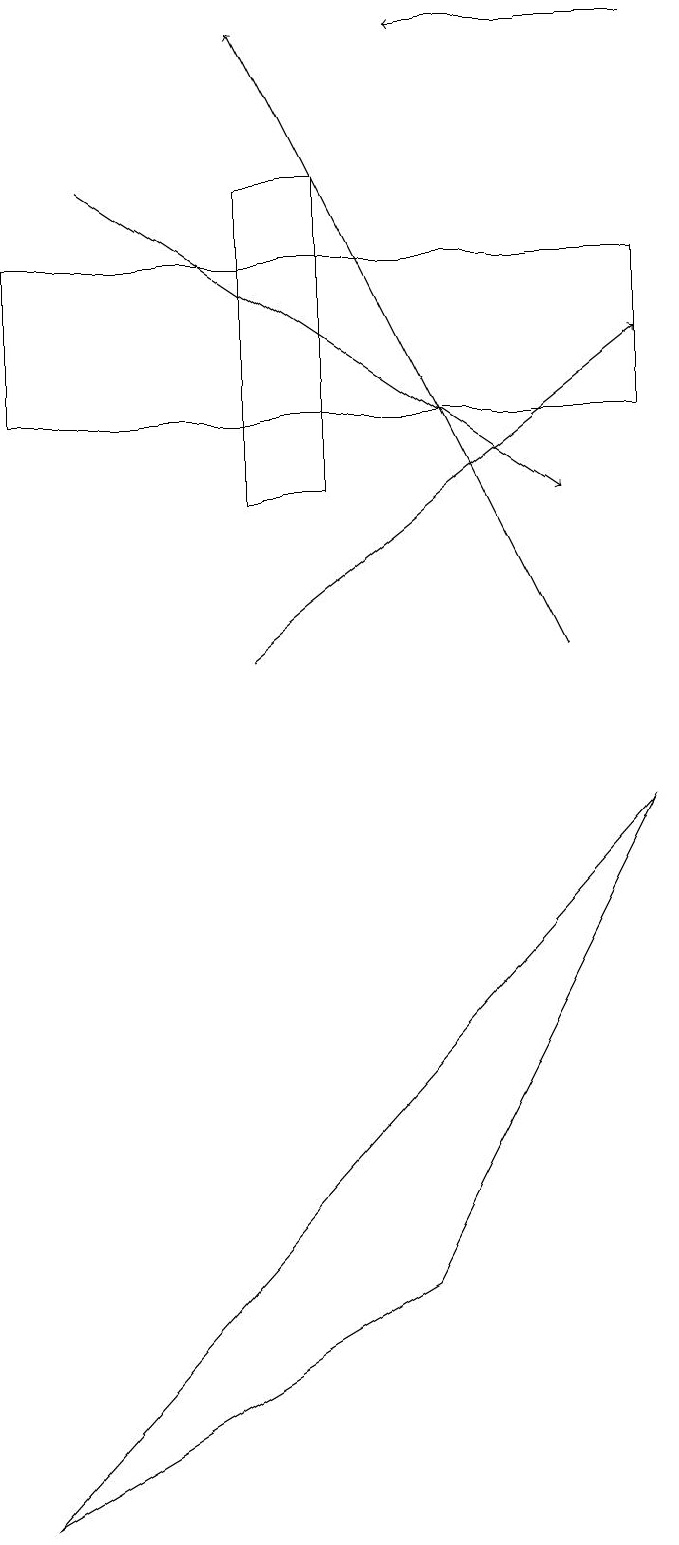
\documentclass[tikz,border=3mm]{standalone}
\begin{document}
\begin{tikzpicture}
\draw (0,16) rectangle (8,14);
\draw[->] (8,19) -- (5,19);
\draw[->] (3,11) -- (8,15);
\draw[->] (1,17) -- (7,13);
\draw (0,0) -- (5,3) -- (8,9) -- cycle;
\draw[->] (7,11) -- (3,19);
\draw (4,13) rectangle (3,17);
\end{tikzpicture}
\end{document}